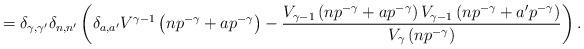
LaTeX: \begin{align*}=\delta_{\gamma,\gamma'}\delta_{n,n'}\left(\delta_{a,a'}V^{\gamma-1}\left(np^{-\gamma}+ap^{-\gamma}\right)-\dfrac{V_{\gamma-1}\left(np^{-\gamma}+ap^{-\gamma}\right)V_{\gamma-1}\left(np^{-\gamma}+a'p^{-\gamma}\right)}{V_{\gamma}\left(np^{-\gamma}\right)}\right).\end{align*}